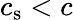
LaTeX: c_{\mathrm{s}}<c